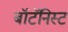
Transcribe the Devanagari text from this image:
बॉटॅनिस्ट